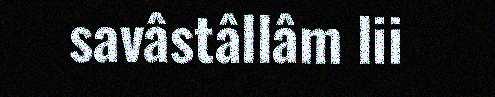
savâstâllâm lii